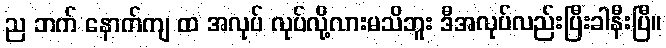
ည ဘက် နောက်ကျ ထ အလုပ် လုပ်လို့လားမသိဘူး ဒီအလုပ်လည်းပြီးခါနီးပြီ။